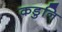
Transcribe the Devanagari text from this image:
कडुनि